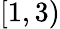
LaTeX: [1,3)